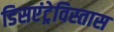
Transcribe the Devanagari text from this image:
डिसएंट्रेविस्तास